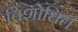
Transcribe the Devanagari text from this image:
विशोधित